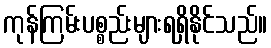
ကုန်ကြမ်းပစ္စည်းများရရှိနိုင်သည်။